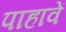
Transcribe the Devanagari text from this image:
पाहावें